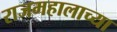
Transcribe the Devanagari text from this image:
राजमहालाच्या